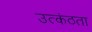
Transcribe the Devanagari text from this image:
उत्कंठता